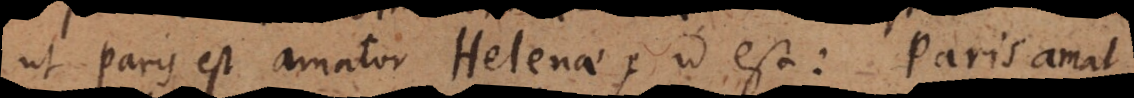
ut Paris est amator Helenae, id est: Paris amat